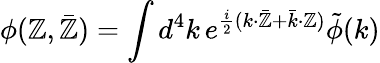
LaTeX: \phi(\mathbb{Z},\bar{{\mathbb{Z}}})={\int{d^{4}k}}\, e^{\frac{{i}}{{2}}(k{\cdot}\bar{{\mathbb{Z}}}+\bar{{k}}{\cdot}\mathbb{Z})}\tilde{{\phi}}(k)